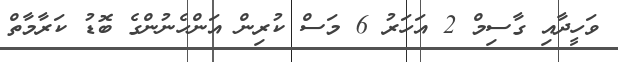
ވަހީދާއި ގާސިމް 2 އަހަރު 6 މަސް ކުރިން އަންހެނުންގެ ބޮޑު ކަރާމާތް